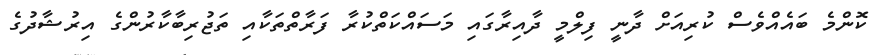
ކޮންމެ ބައެއްވެސް ކުރިއަށް ދާނީ ފިލްމީ ދާއިރާގައި މަސައްކަތްކުރާ ފަރާތްތަކާއި ތަޖުރިބާކާރުންގެ އިރުޝާދުގެ